Annual returns of the Patna Lunatic Asylum at Bankipore in Bihar and Orissa - 1912-1924
Year: 1912
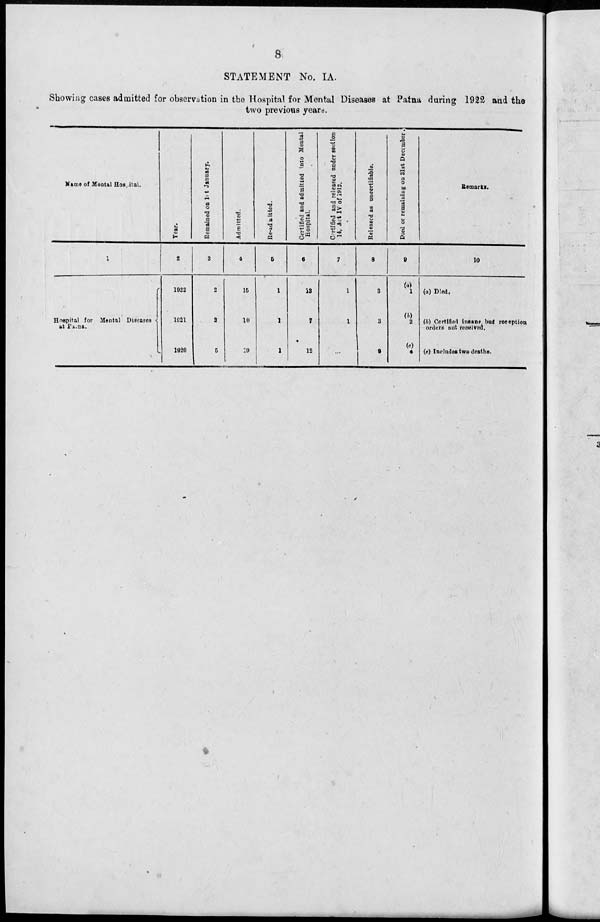
8
STATEMENT No. IA.
Showing cases admitted for observation in the Hospital for Mental Diseases at Patna during 1922 and the
two previous years.
Name of Mental Hospital.
1
Hospital for Mental Diseases
at
Patna.
Year.
2
1922
1921
1920
Remained on 1st January.
3
2
2
5
Admitted.
4
15
10
19
Re-admitted.
5
1
1
1
Certified and admitted into Mental
Hospital.
6
13
7
12
Certified and released under section
14, Act IV of 1912.
7
1
1
...
Released as uncertifiable.
8
3
3
9
Died or remaining on 31st December.
9
(a)
1
(b)
2
(c)
4
Remarks.
10
(a) Died.
(b) Certified insane but reception
orders not received.
(c) Includes two deaths.